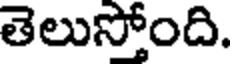
తెలుస్తోంది.